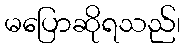
မပြောဆိုရသည်၊